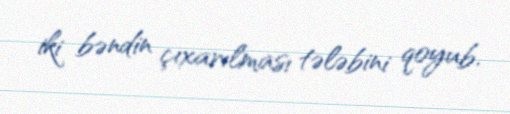
iki bəndin çıxarılması tələbini qoyub.